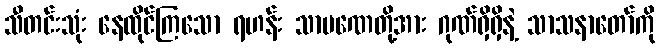
သီတင်းသုံး နေထိုင်ကြသော ရဟန်း သာမဏေတို့အား ဂုဏ်ရှိရှိနဲ့ သာသနာတော်ကို